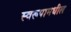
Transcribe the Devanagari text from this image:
स्वरूपामधील